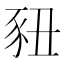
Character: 𬤽